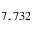
7 , 7 3 2